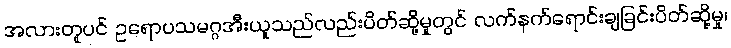
အလားတူပင် ဥရောပသမဂ္ဂအီးယူသည်လည်းပိတ်ဆို့မှုတွင် လက်နက်ရောင်းချခြင်းပိတ်ဆို့မှု၊